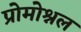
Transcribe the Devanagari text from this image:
प्रोमोश्नल